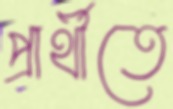
প্রার্থীতে